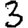
Digit: 3